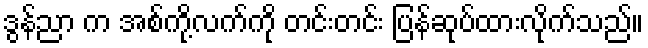
ဒွန်ညာ က အစ်ကို့လက်ကို တင်းတင်း ပြန်ဆုပ်ထားလိုက်သည်။